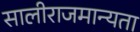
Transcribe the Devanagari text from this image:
सालीराजमान्यता